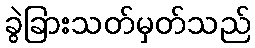
ခွဲခြားသတ်မှတ်သည်